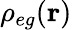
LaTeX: \rho_{eg}(\mathbf{r})